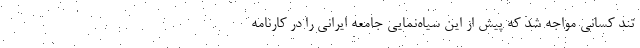
تند کسانی مواجه شد که پیش از این سیاه‌نمایی جامعه ایرانی را در کارنامه